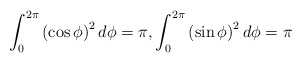
\begin{align*} \int_{0}^{2\pi}\left(\cos\phi\right)^2 d\phi = \pi,\int_{0}^{2\pi}\left(\sin\phi\right)^2 d\phi = \pi \end{align*}